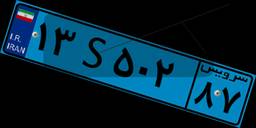
۸۰S۸۷۹۱۵